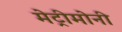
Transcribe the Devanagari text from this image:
मेट्रीमोनी